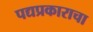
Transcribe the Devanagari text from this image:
पद्यप्रकाराचा